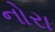
નોરા